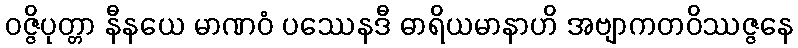
ဝဇ္ဇိပုတ္တာ နီနယေ မာဏဝံ ပဿေနဒီ ဓာရိယမာနာဟိ အဗျာကတဝိဿဇ္ဇနေ